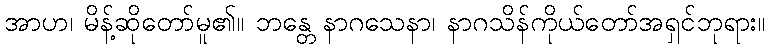
အာဟ၊ မိန့်ဆိုတော်မူ၏။ ဘန္တေ နာဂသေနာ၊ နာဂသိန်ကိုယ်တော်အရှင်ဘုရား။